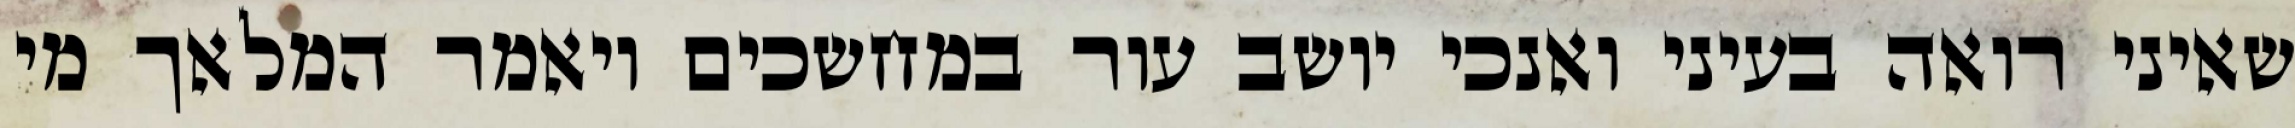
שאיני רואה בעיני ואנכי יושב עור במחשכים ויאמר המלאך מי